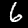
Digit: 6